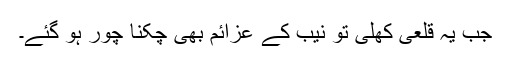
جب یہ قلعی کھلی تو نیب کے عزائم بھی چکنا چور ہو گئے۔